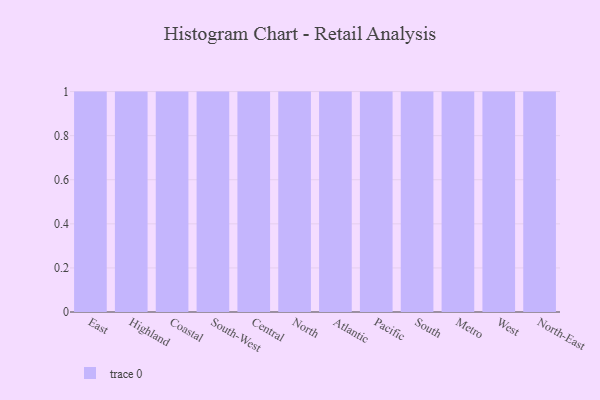
{"axis": {"x": "Region", "y": "Energy Usage (MWh)"}, "legend": [""], "data": [{"x": "East", "y": 79, "type": ""}, {"x": "Highland", "y": 93, "type": ""}, {"x": "Coastal", "y": 72, "type": ""}, {"x": "South-West", "y": 75, "type": ""}, {"x": "Central", "y": 88, "type": ""}, {"x": "North", "y": 100, "type": ""}, {"x": "Atlantic", "y": 84, "type": ""}, {"x": "Pacific", "y": 90, "type": ""}, {"x": "South", "y": 19, "type": ""}, {"x": "Metro", "y": 36, "type": ""}, {"x": "West", "y": 78, "type": ""}, {"x": "North-East", "y": 79, "type": ""}]}